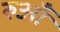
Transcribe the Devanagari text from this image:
रुआँ